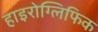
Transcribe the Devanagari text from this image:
हाइरोग्लिफिक